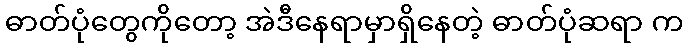
ဓာတ်ပုံတွေကိုတော့ အဲဒီနေရာမှာရှိနေတဲ့ ဓာတ်ပုံဆရာ က